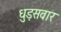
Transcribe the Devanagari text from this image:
धुड़सवार